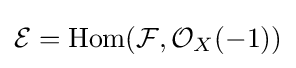
{\mathcal {E}}=\operatorname {Hom} ({\mathcal {F}},{\mathcal {O}}_{X}(-1))